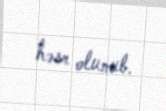
həsr olunub.